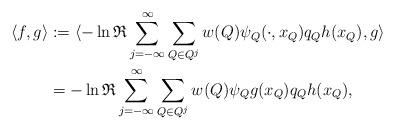
LaTeX: \begin{align*} \langle f,g\rangle&:=\langle -\ln {\mathfrak R}\sum\limits_{j=-\infty}^\infty\sum\limits_{Q\in Q^j}w(Q)\psi_Q(\cdot,x_{Q})q_{Q}h(x_{Q}), g\rangle\\ &=-\ln {\mathfrak R}\sum\limits_{j=-\infty}^\infty\sum\limits_{Q\in Q^j}w(Q)\psi_Qg(x_{Q})q_{Q}h(x_{Q}), \end{align*}